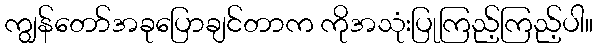
ကျွန်တော်အခုပြောချင်တာက ကိုအသုံးပြုကြည့်ကြည့်ပါ။